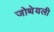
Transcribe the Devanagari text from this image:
जोथेयली